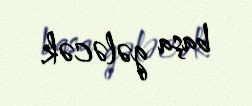
başa gələcək.